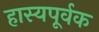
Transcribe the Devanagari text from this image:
हास्यपूर्वक